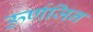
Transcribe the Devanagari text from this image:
ऊर्णजिन